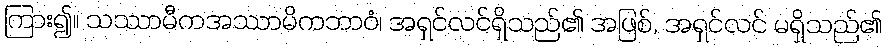
ကြား၍။ သဿာမီကအဿာမိကဘာဝံ၊ အရှင်လင်ရှိသည်၏ အဖြစ်, အရှင်လင် မရှိသည်၏